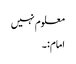
معلوم نہیں
امام:۔